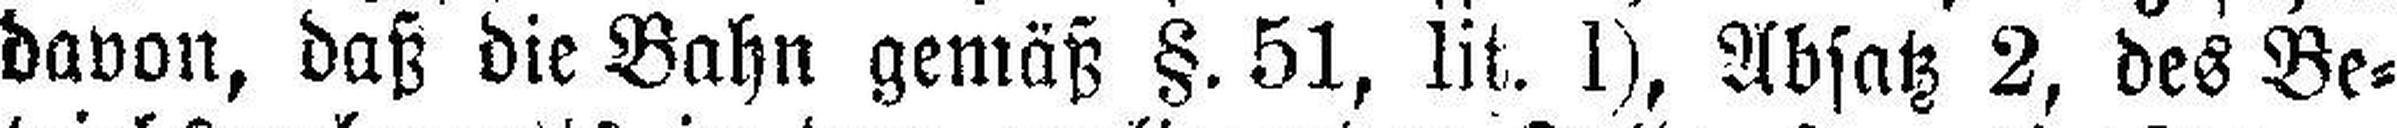
davon, daß die Bahn gemäß §. 51, lit. 1), Absatz 2, des Be¬